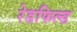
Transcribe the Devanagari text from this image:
रेडफिल्ड